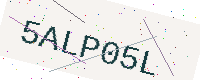
Text: 5ALP05L